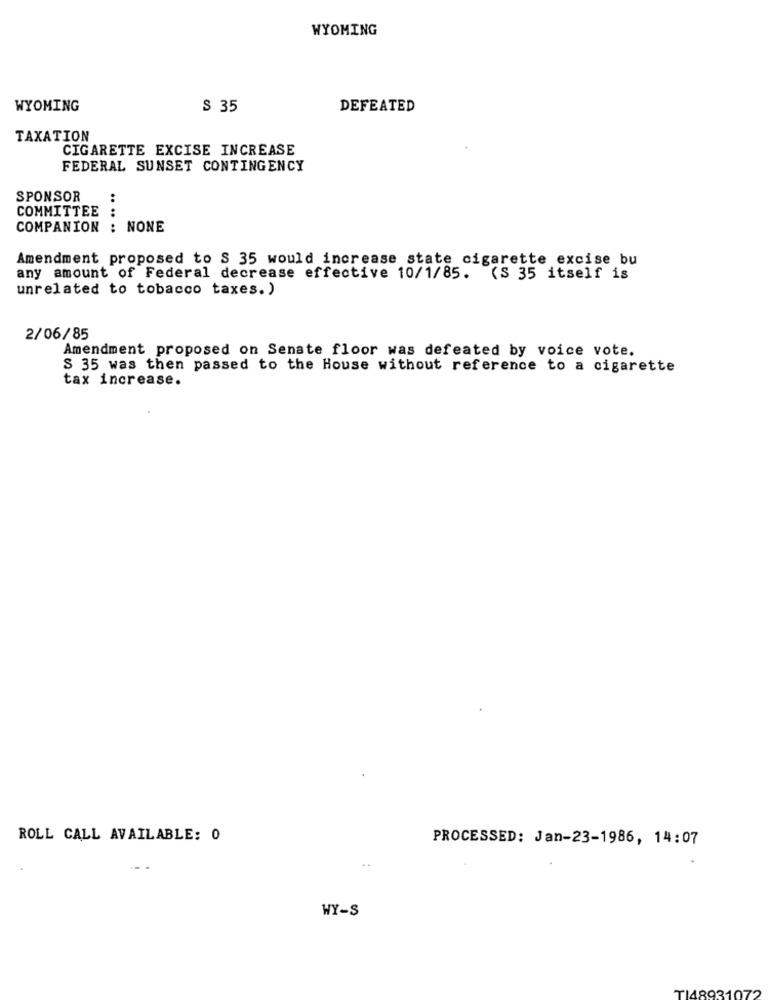
WYOMING
WYOMING
$ 35
DEFEATED
TAXATION
CIGARETTE EXCISE INCREASE
FEDERAL SUNSET CONTINGENCY
SPONSOR
COMMITTEE :
COMPANION : NONE
.... .
Amendment proposed to S 35 would increase state cigarette excise bu
any amount of Federal decrease effective 10/1/85. (S 35 itself is
unrelated to tobacco taxes.)
2/06/85
Amendment proposed on Senate floor was defeated by voice vote.
S 35 was then passed to the House without reference to a cigarette
tax increase.
ROLL CALL AVAILABLE: 0
PROCESSED: Jan-23-1986, 14:07
..
WY-S
TI48931072